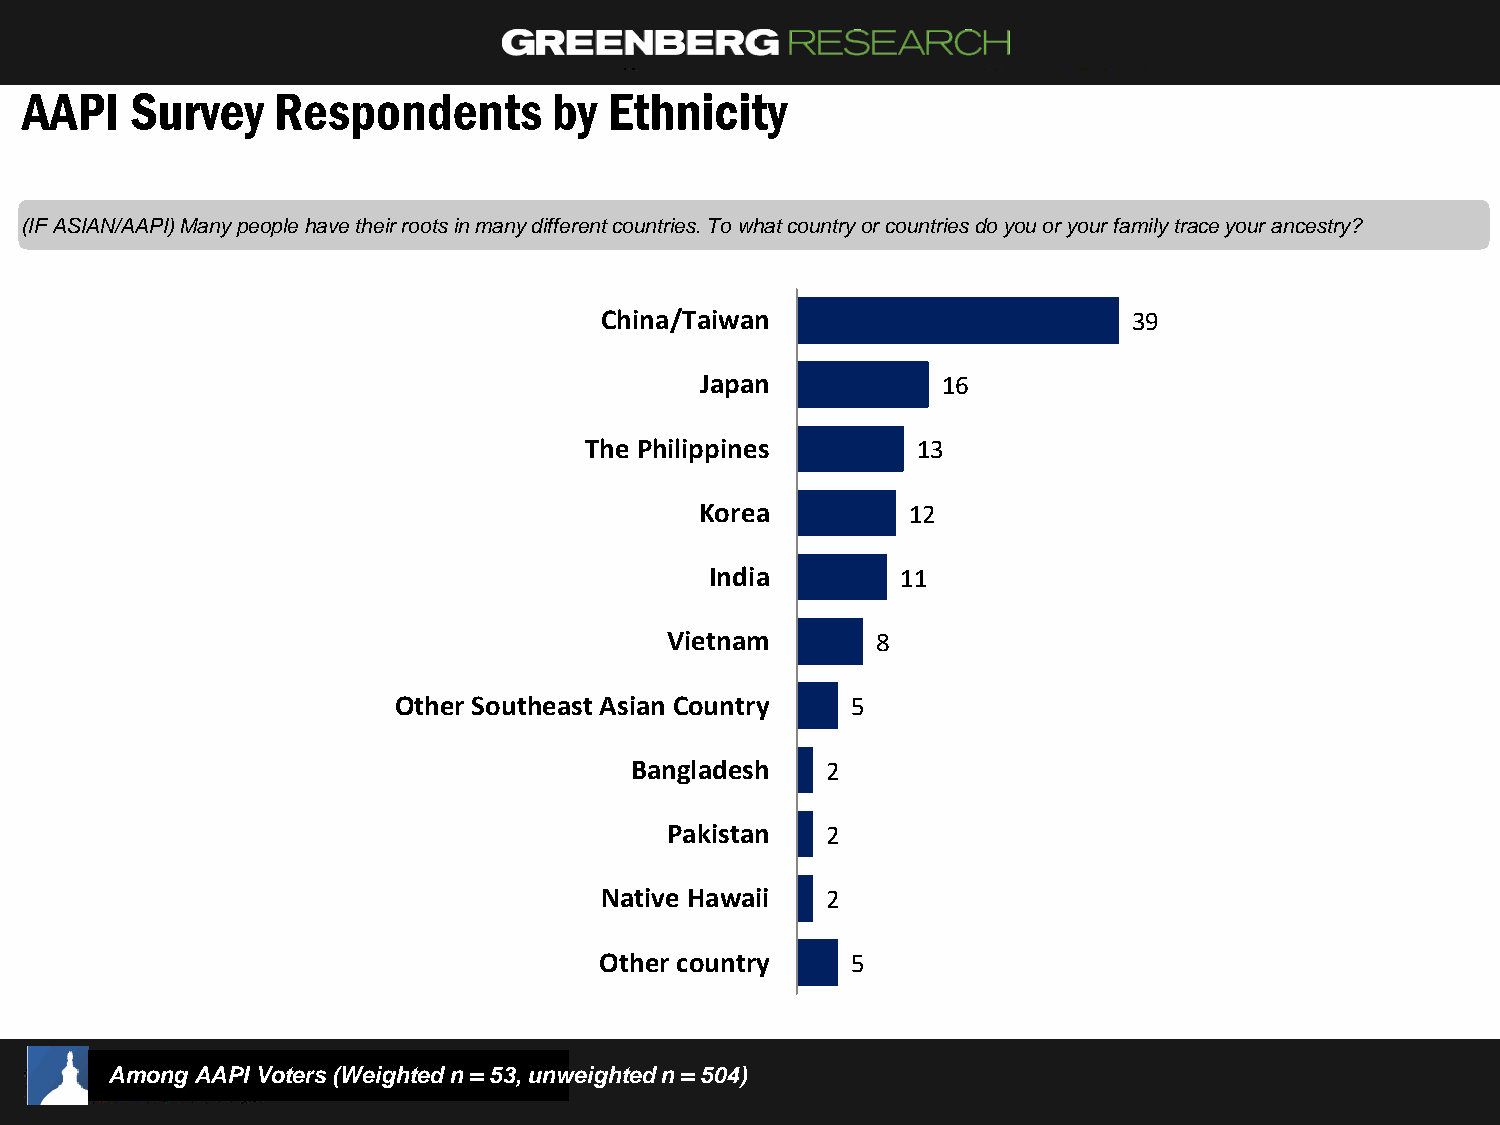
AAPI    Survey   Respondents        by Ethnicity
 (IF ASIAN/AAPI) Many people have their roots in many different countries. To what country or countries do you or your family trace your ancestry?
 China/Taiwan                       39
 Japan           16
 The Philippines       13
 Korea         12
 India        11
 Vietnam       8
 Other Southeast Asian Country 5
 Bangladesh   2
 Pakistan   2
 Native Hawaii  2
 Other country   5
 Among AAPI Voters (Weighted n = 53, unweighted n = 504)